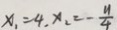
x _ { 1 } = 4 , x _ { 2 } = - \frac { y } { 4 }